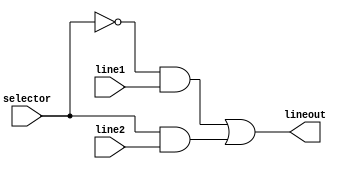
module Multiplexer(line1, line2, lineout, selector);

	// Define inputs and outputs
	input line1, line2, selector;
	output lineout;
	
	// Select output
	assign lineout = (~selector & line1) | (selector & line2);
	
endmodule